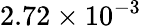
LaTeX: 2.72\times 10^{-3}